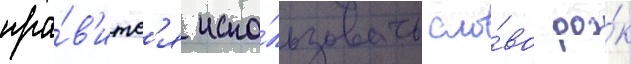
нра́в'итс'я испо́льзовать сло́во ро́к